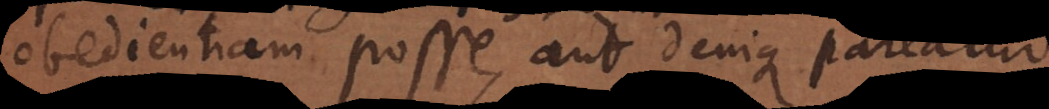
obedientiam posse, aut denique pareatur.